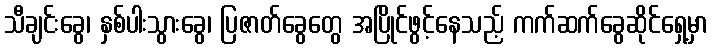
သီချင်းခွေ၊ နှစ်ပါးသွားခွေ၊ ပြဇာတ်ခွေတွေ အပြိုင်ဖွင့်နေသည့် ကက်ဆက်ခွေဆိုင်ရှေ့မှာ